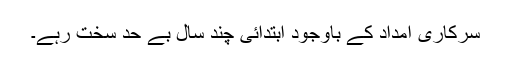
سرکاری امداد کے باوجود ابتدائی چند سال بے حد سخت رہے۔